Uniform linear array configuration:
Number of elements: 4
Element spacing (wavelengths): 0.25
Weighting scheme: cosine
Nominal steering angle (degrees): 30
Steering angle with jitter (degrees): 30.949
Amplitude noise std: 0.05
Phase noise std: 0.05

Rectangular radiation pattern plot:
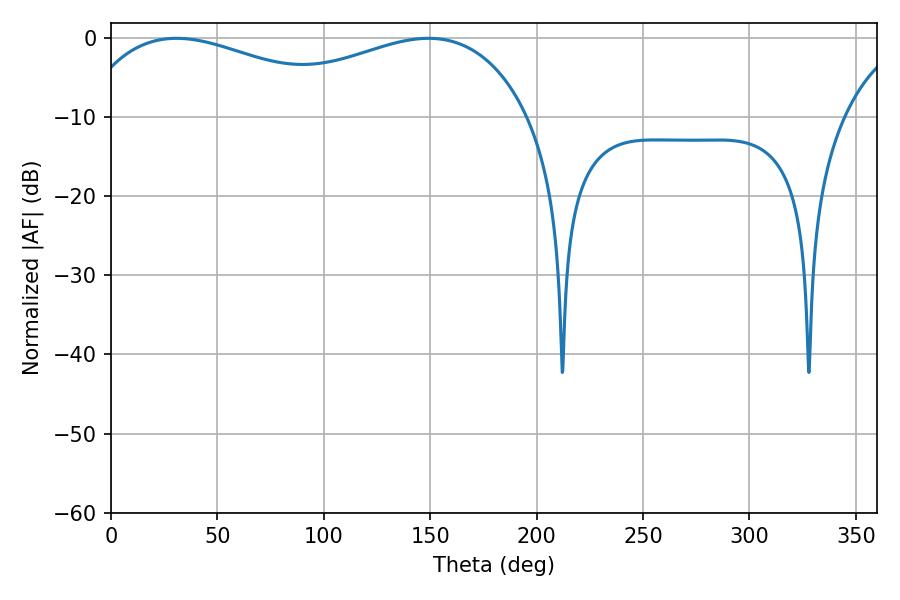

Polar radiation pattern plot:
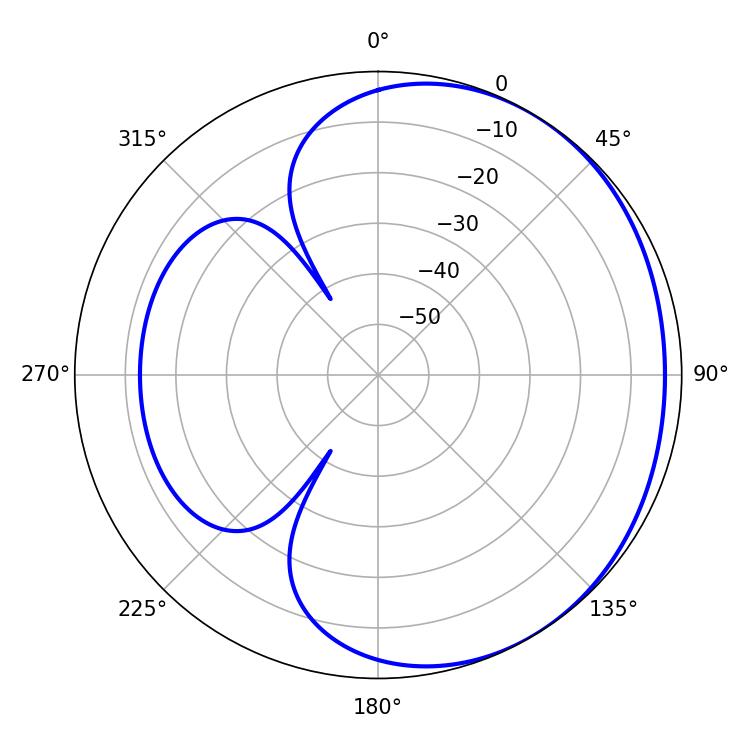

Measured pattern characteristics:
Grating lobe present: FALSE
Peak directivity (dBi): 1.817
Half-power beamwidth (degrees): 75.78
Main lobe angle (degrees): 30.78